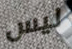
ليس